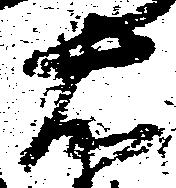
右